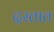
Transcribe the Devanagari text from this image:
दस्तात